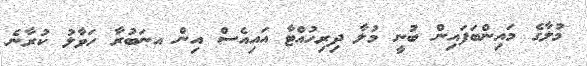
މުލާގެ މައިންބަފައިން ބުނީ މުލާ ދިރިހުއްޓާ އައިއެސް އިން އނަބުރާ ހަވާލު ކުރާނެ